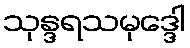
သုန္ဒရသမုဒ္ဒေါ